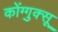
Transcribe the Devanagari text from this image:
कोंग्गुक्सू